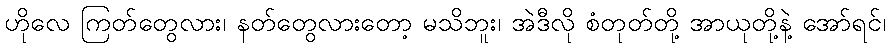
ဟိုလေ ကြတ်တွေလား၊ နတ်တွေလားတော့ မသိဘူး၊ အဲဒီလို စံတုတ်တို့ အာယုတို့နဲ့ အော်ရင်၊